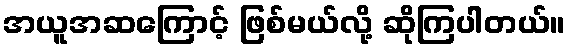
အယူအဆကြောင့် ဖြစ်မယ်လို့ ဆိုကြပါတယ်။